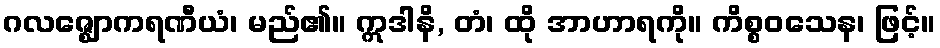
ဂလဇ္ဈောကရဏီယံ၊ မည်၏။ ဣဒါနိ, တံ၊ ထို အာဟာရကို။ ကိစ္စဝသေန၊ ဖြင့်။